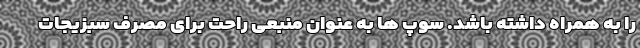
را به همراه داشته باشد. سوپ ها به عنوان منبعی راحت برای مصرف سبزیجات